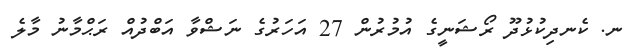
ނ. ކެނދިކުޅުދޫ ރޯޝަނީގެ އުމުރުން 27 އަހަރުގެ ނަޝްވާ އަބްދުއް ރަޙްމާނު މާލެ